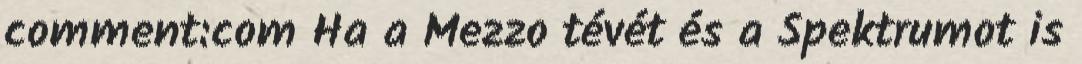
comment:com Ha a Mezzo tévét és a Spektrumot is